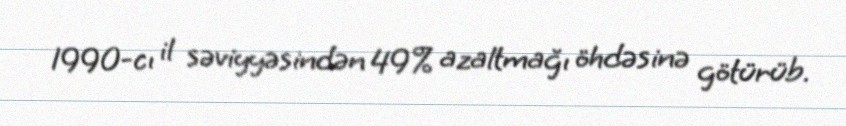
1990-cı il səviyyəsindən 49% azaltmağı öhdəsinə götürüb.